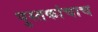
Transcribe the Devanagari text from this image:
पुस्तकांचाच